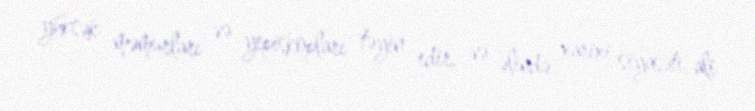
yüksək məmurları və yepiskopları təyin edir, və əlində xarixi siyasəti, ali